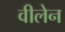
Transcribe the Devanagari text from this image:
वीलेन